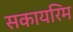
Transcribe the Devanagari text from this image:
सकायरिम